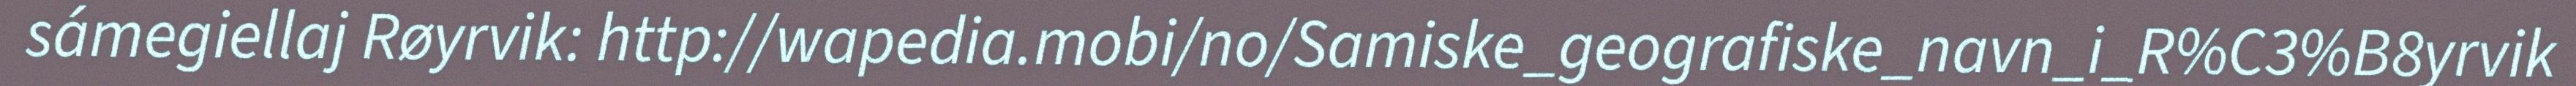
sámegiellaj Røyrvik: http://wapedia.mobi/no/Samiske_geografiske_navn_i_R%C3%B8yrvik